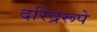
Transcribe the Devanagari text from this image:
दरिद्ररूपे